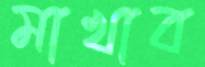
মাখাব